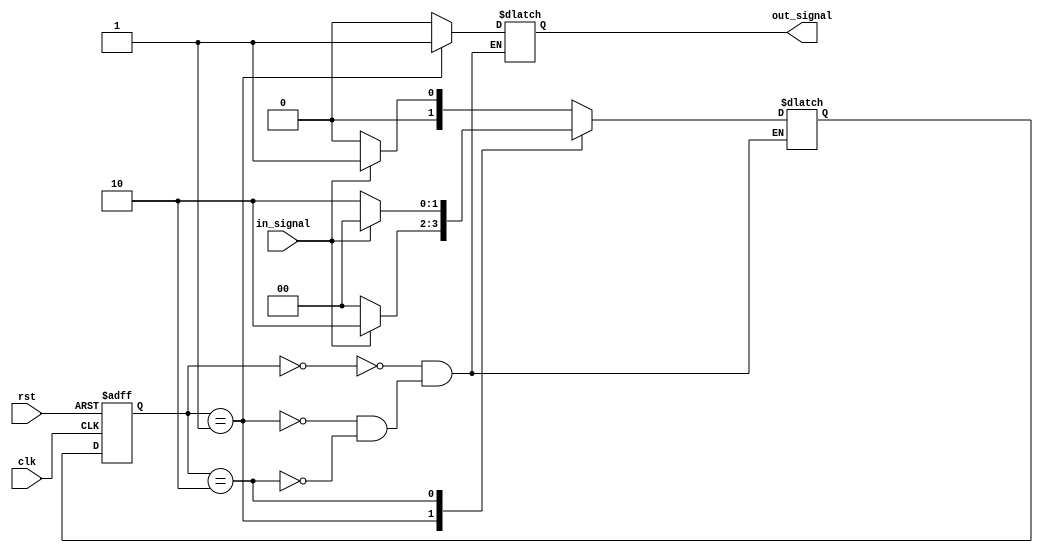
module fsm (
    input wire clk,
    input wire rst,
    input wire in_signal,
    output reg out_signal
);

// Define states
parameter S0 = 2'b00;
parameter S1 = 2'b01;
parameter S2 = 2'b10;

// Define state register
reg [1:0] state, next_state;

always @(posedge clk or posedge rst) begin
    if (rst) begin
        state <= S0;
    end else begin
        state <= next_state;
    end
end

// Define state transitions and output signals
always @(*) begin
    case (state)
        S0: begin
            if (in_signal) begin
                next_state = S1;
            end else begin
                next_state = S0;
            end
            out_signal = 0;
        end
        S1: begin
            if (in_signal) begin
                next_state = S2;
            end else begin
                next_state = S0;
            end
            out_signal = 1;
        end
        S2: begin
            if (in_signal) begin
                next_state = S0;
            end else begin
                next_state = S2;
            end
            out_signal = 0;
        end
    endcase
end

endmodule